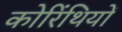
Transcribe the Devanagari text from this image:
कोरिंथियों